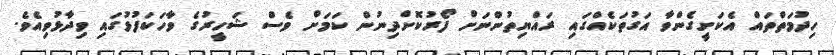
ހިދުމަތްތައް އެކަށީގެންވާ އަގުތަކެއްގައި ރައްޔިތުންނަށް ފޯރުކޮށްދިނުން ކަމަށް ވެސް ޝަހީރުގެ ވާހަކަފުޅުގައި ވިދާޅުވިއެވެ.